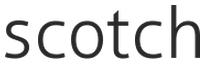
scotch